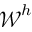
\boldsymbol { \mathcal { W } } ^ { h }